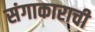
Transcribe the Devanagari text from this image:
संगाकाराची